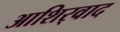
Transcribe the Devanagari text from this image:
आशिर्‍वाद